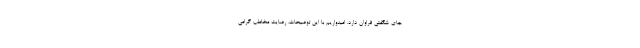
جای شگفتی فراوان دارد. امیدواریم با این توضیحات، رضایت مخاطب گرامی